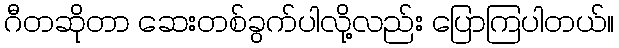
ဂီတဆိုတာ ဆေးတစ်ခွက်ပါလို့လည်း ပြောကြပါတယ်။